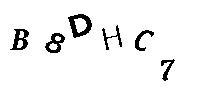
B8DHC7